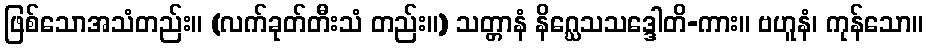
ဖြစ်သောအသံတည်း။ (လက်ခုတ်တီးသံ တည်း။) သတ္တာနံ နိဂ္ဃေသသဒ္ဒေါတိ-ကား။ ဗဟူနံ၊ ကုန်သော။